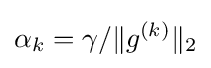
\alpha _{k}=\gamma /\lVert g^{(k)}\rVert _{2}